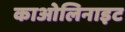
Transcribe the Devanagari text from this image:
काओलिनाइट